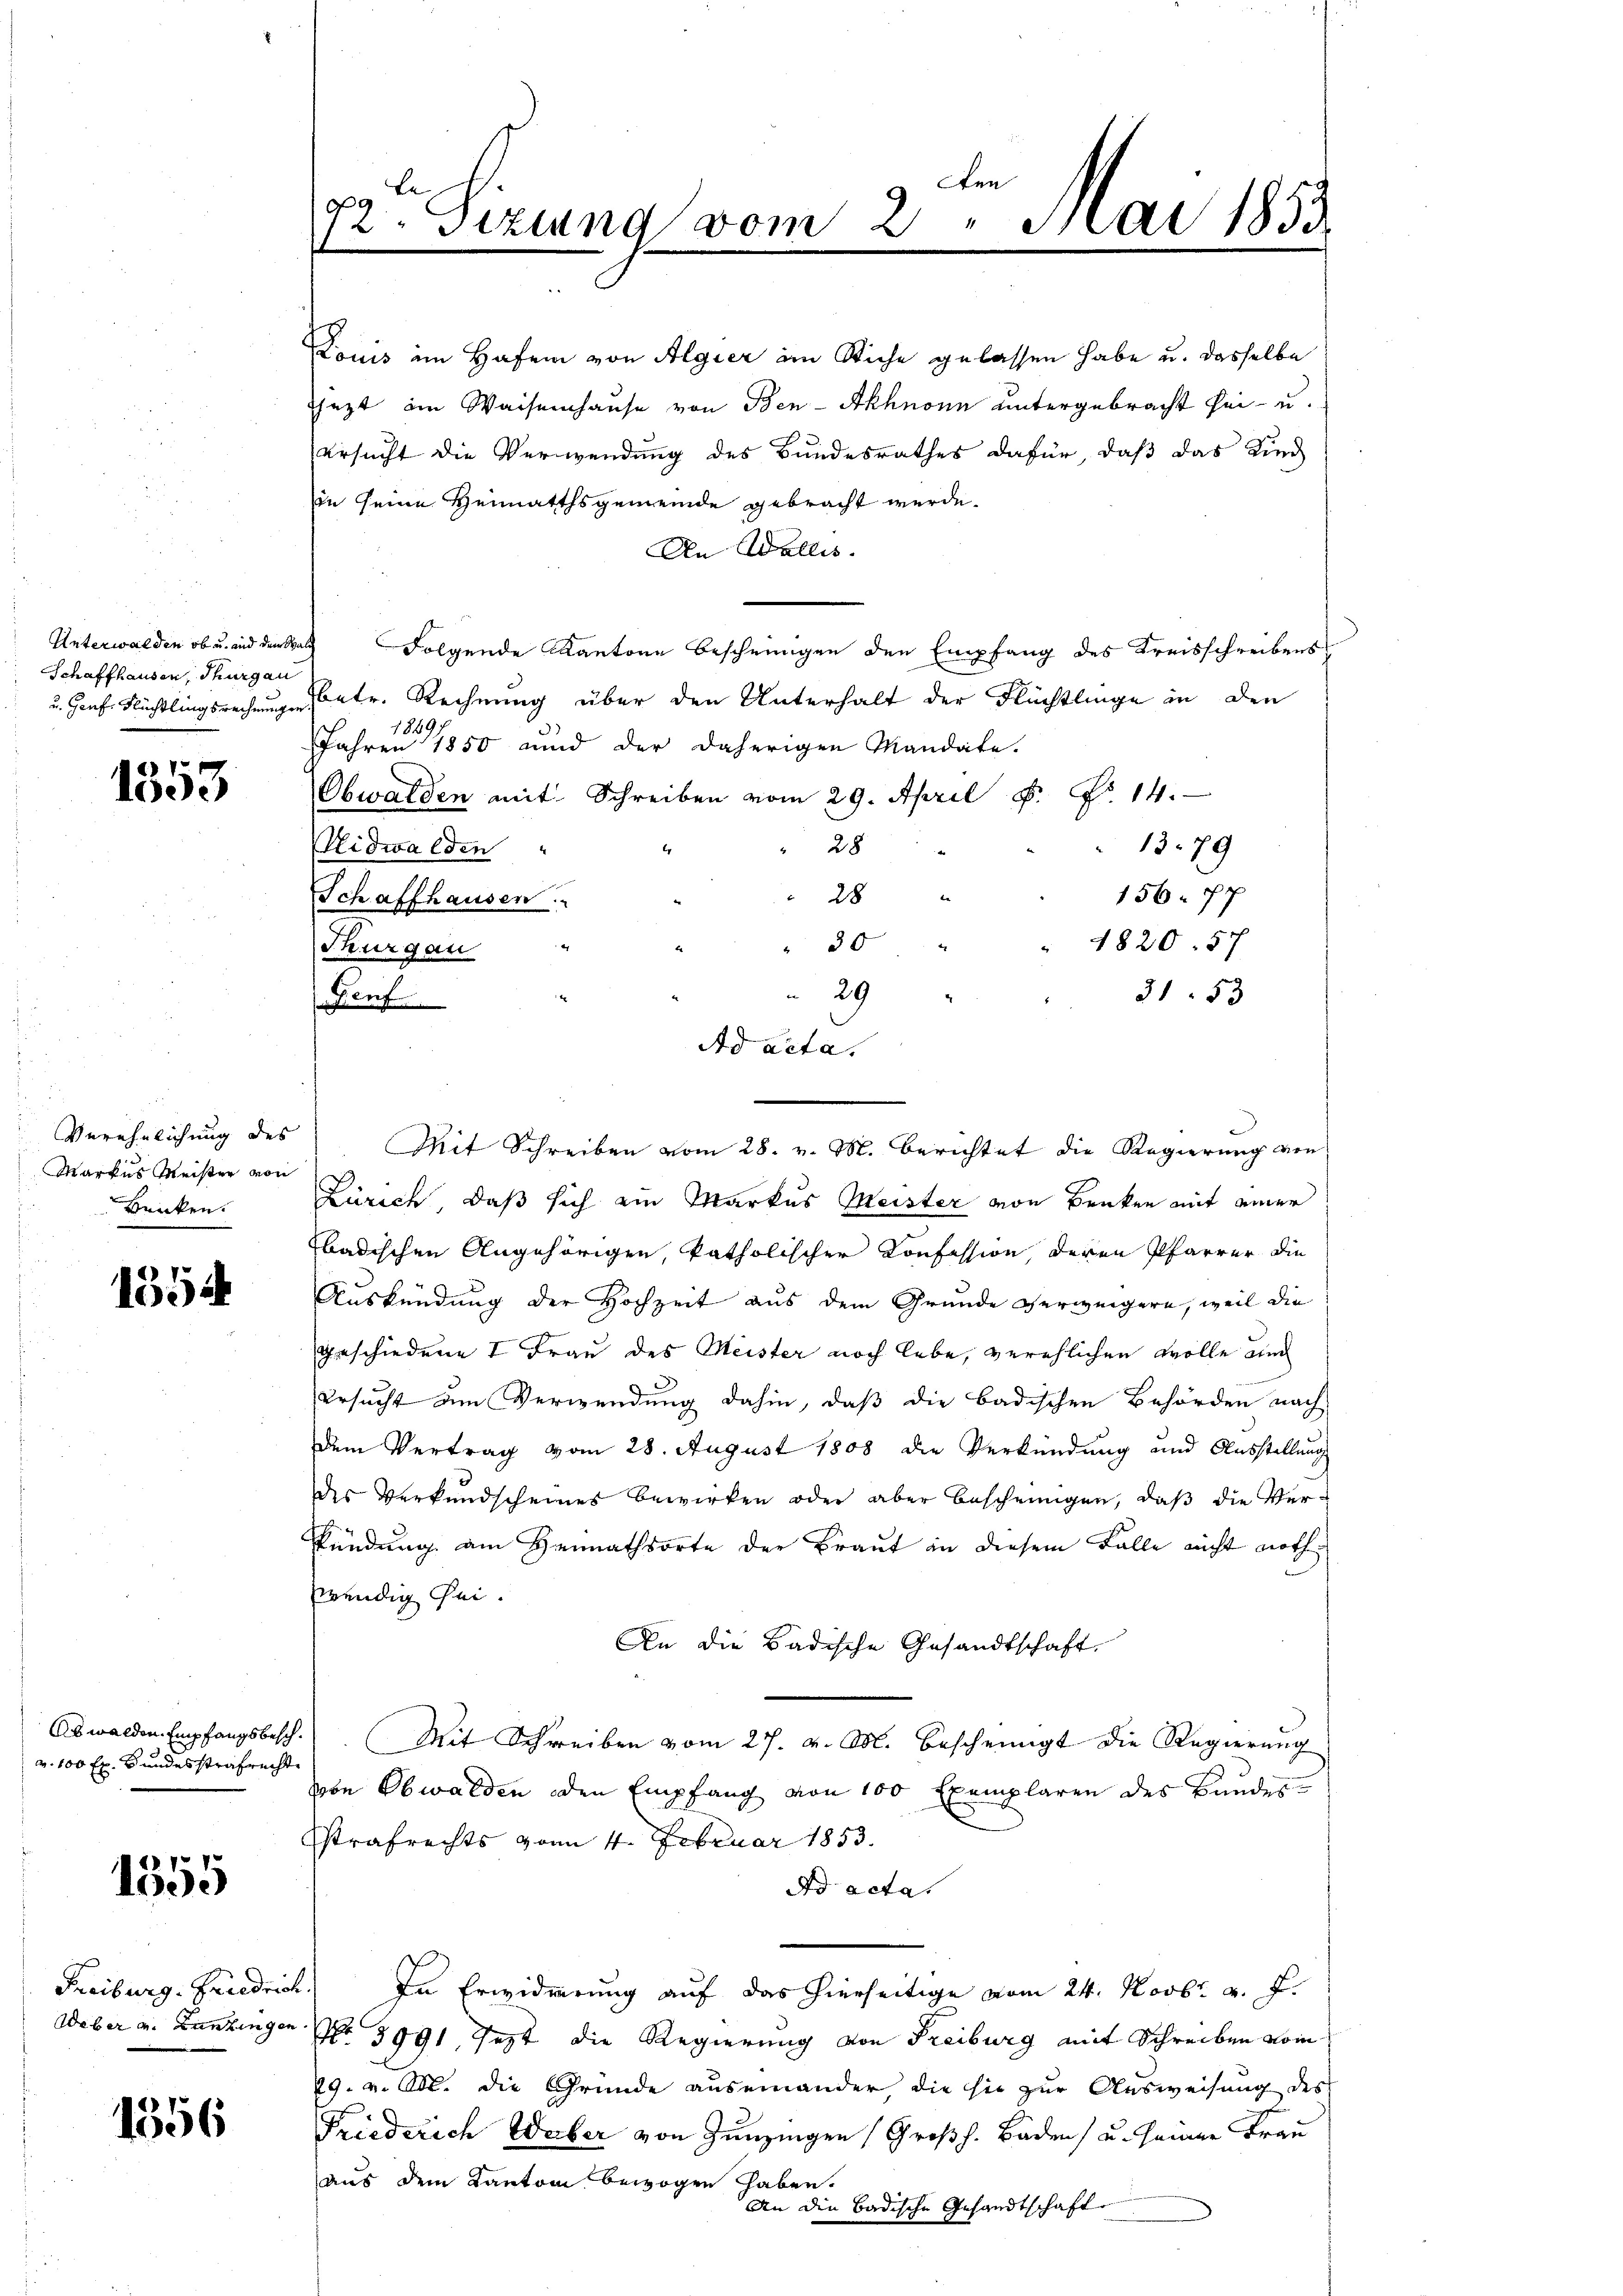
Unterwalden, ob u. und dem Sta
Schaffhausen, Thurgau
u. Genf, Flüchtlingsrechnungen

1353

Verehelichung des
Markus Meister von
Benken.

1554

Als walden Empfangsbeschv. 100 Ex. Bundesstrafrechte

1555

Freiburg. Friedric
Weber v. Kunzingen

1356

l
g
12. Siztung vom 2. Mai 1853

ersucht die Verwendung des Bundesrathes dafür, daß das Kind
In seine Heimathsgemeinde gebracht werde.
An Wallis.
Folgende Kantone Bescheinigen den Empfang des Kreisschreibens
Ebetr. Rechnung über den Unterhalt der Flüchtlinge in den
18691
Jahren 1850 und der daherigen Mandate.
Obwalden mit Schreiben vom 29. April 8. P. 14.
13. 79
28
Nidwalden
156. 77
28 "
Schaffhausen
30 " " " 1820. 57
Thurgau
3153
Genf
Mit Schreiben vom 28. v. M. Berichtet die Regierung von
Zürich, daß sich ein Markus Meister von Benken mit einer
badischen Angehörigen katholischer Konfession, deren Pfarrer die
Auskündung der Hochzeit aus dem Grunde verweigern, weil die
geschiedene I Frau des Meister noch lebe, verehlichen wolle auch
Ersucht am Verwendung dahin, daß die badischen Behörden nach
dem Vertrag vom 28. August 1808 die Verkündung und Ausstellung
des Verkundscheines bewirken oder aber bescheinigen, daß die Ver¬
Pündung am Heimathsorte der Braut in diesem Falle nicht nothwendig sei.
An die Badische Gesandtschaft.
Mit Schreiben vom 27. v. M. bescheinigt die Regierung
von Obwalden den Empfang von 100 Exemplaren des Bundes-
Estrafrechts vom 4. Februar 1853.
Ao acta.
In Erwiderung auf das hierseitige vom 24. Novbr. v. J.
No 3991, Jezt die Regierung von Freiburg mit Schreiben vom
29. v. Abt. die Gründe auseinander die sie zur Ausweisung des
Friederich Waber von Zunzingen (Großh. Baden, u. seiner Frau
aus dem Kanton bewogen haben.
An die badische Gesandtschaft

Louis im Hafen von Algier im Stiche gelassen habe u. dasselbe
sezt im Waisenhause von Ben-Akhnonn untergebracht sei- u.

29
Ad acta.